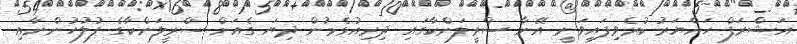
އަޝްރަފް ހައްޔަރު ކުރެވިފައިވަނީ އޭނާ ސްރީލަންކާގައި ދިރިއުޅެމުން ދިޔަ ގެއަށް ސްރީލަންކާގެ ފުލުހުންނާއި